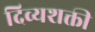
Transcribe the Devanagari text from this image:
दिव्यशक्ती